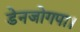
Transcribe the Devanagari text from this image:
डेनजोगपा।